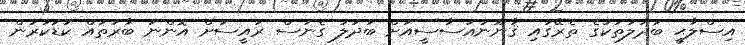
އިސްލާޙީ ބަދަލުތަކުގެ ތެރޭގައި ޤާނޫނުއަސާސީއަށް ބަދަލު ގެނަސް ރައީސަށް އޮންނަ ބާރުތައް ކުޑަކުރުން